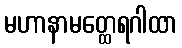
မဟာနာမတ္ထေရဂါထာ